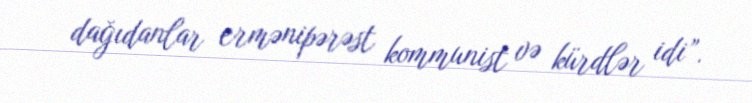
dağıdanlar ermənipərəst kommunist və kürdlər idi”.